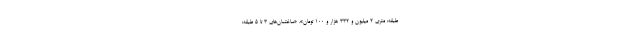
طبقه: متری ۲ میلیون و ۳۳۲ هزار و ۱۰۰ تومان»، «ساختمان‌های ۳ تا ۵ طبقه: